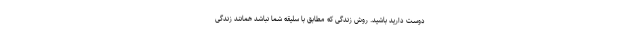
دوست دارید باشید. روش زندگی که مطابق با سلیقه شما نباشد همانند زندگی